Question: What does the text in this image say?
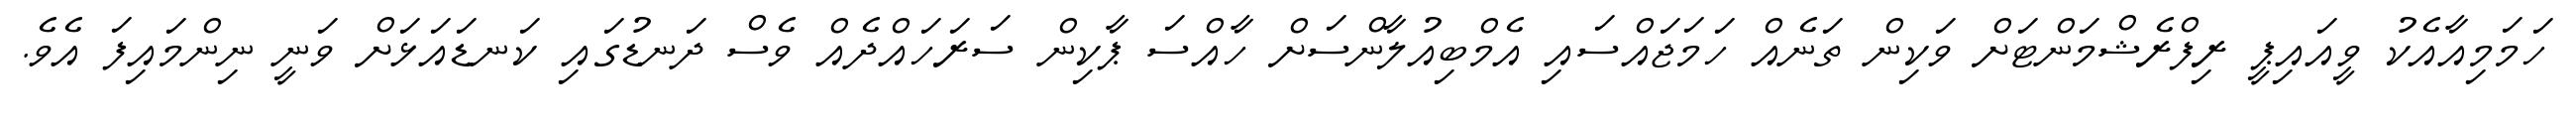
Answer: ހަމަމިއާއެކު ވީއައިޕީ ރިފްރެޝްމަންޓަށް ވަކިން ތަނެއް ހަމަޖައްސައި އެމްބިއުލާންސަށް ހާއްސަ ޕާކިން ސަރަހައްދެއް ވެސް ދަނޑުގައި ކަނޑައަޅަށް ވަނީ ނިންމައިފަ އެވެ.